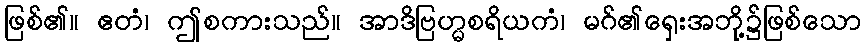
ဖြစ်၏။ ဧတံ၊ ဤစကားသည်။ အာဒိဗြဟ္မစရိယကံ၊ မဂ်၏ရှေးအဘို့၌ဖြစ်သော